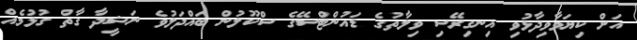
އަށް ކިޔަވާވިދާޅުވި އިނގިރޭސި ވިލާތުގެ ޑައުންޓްސޭގެ ސްކޫލުން ބައްދަލުވެ ނަޝީދާ ގާތް ގުޅުމެއް